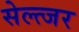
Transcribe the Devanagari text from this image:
सेल्त्जर